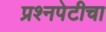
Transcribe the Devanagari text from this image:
प्रश्‍नपेटीचा